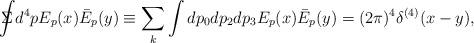
LaTeX: \begin{align*}\Sigma \!\!\!\!\! \displaystyle{\int} d^4p E_p(x) \bar{E}_p(y)\equiv \sum_{k} \int dp_0 dp_2 dp_3 E_p(x) \bar{E}_p(y) = (2 \pi)^4 \delta^{(4)}(x-y),\end{align*}